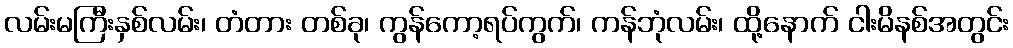
လမ်းမကြီးနှစ်လမ်း၊ တံတား တစ်ခု၊ ကွန်ကော့ရပ်ကွက်၊ ကန်ဘုံလမ်း၊ ထို့နောက် ငါးမိနစ်အတွင်း